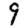
Digit: 9